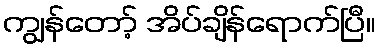
ကျွန်တော့် အိပ်ချိန်ရောက်ပြီ။